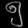
Digit: ၅